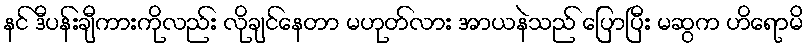
နင် ဒီပန်းချီကားကိုလည်း လိုချင်နေတာ မဟုတ်လား အာယနဲသည် ပြောပြီး မဆွက ဟိရောမိ